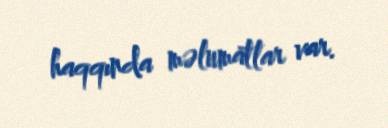
haqqında məlumatlar var.